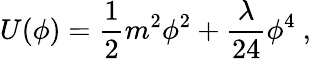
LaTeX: U(\phi)={\frac{1}{2}}m^{2}\phi^{2}+{\frac{\lambda}{24}}\phi^{4}~,